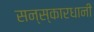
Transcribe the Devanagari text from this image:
सन्स्कारधानी